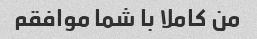
من کاملا با شما موافقم